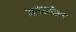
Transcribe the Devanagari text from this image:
२०१४तील